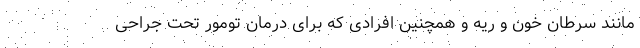
مانند سرطان خون و ریه و همچنین افرادی که برای درمان تومور تحت جراحی